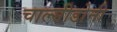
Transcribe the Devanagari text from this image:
चाल्सीडोनी